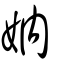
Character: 妠